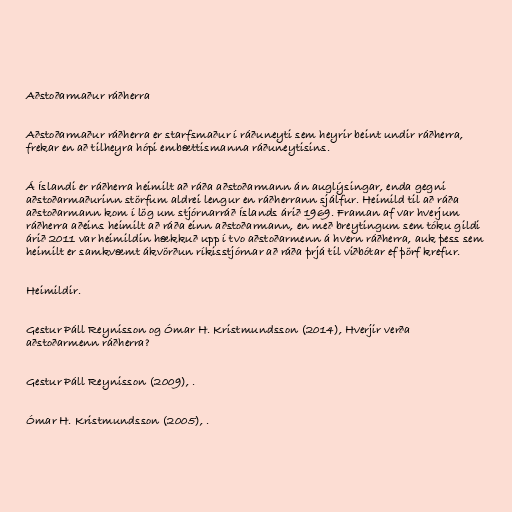
Aðstoðarmaður ráðherra

Aðstoðarmaður ráðherra er starfsmaður í ráðuneyti sem heyrir beint undir ráðherra,
frekar en að tilheyra hópi embættismanna ráðuneytisins.

Á Íslandi er ráðherra heimilt að ráða aðstoðarmann án auglýsingar, enda gegni
aðstoðarmaðurinn störfum aldrei lengur en ráðherrann sjálfur. Heimild til að ráða
aðstoðarmann kom í lög um stjórnarráð Íslands árið 1969. Framan af var hverjum
ráðherra aðeins heimilt að ráða einn aðstoðarmann, en með breytingum sem tóku gildi
árið 2011 var heimildin hækkuð upp í tvo aðstoðarmenn á hvern ráðherra, auk þess sem
heimilt er samkvæmt ákvörðun ríkisstjórnar að ráða þrjá til viðbótar ef þörf krefur.

Heimildir.

Gestur Páll Reynisson og Ómar H. Kristmundsson (2014), Hverjir verða
aðstoðarmenn ráðherra?

Gestur Páll Reynisson (2009), .

Ómar H. Kristmundsson (2005), .